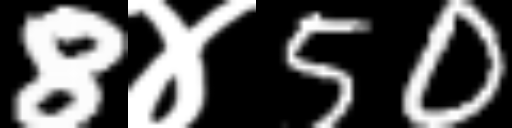
Text: 8४50